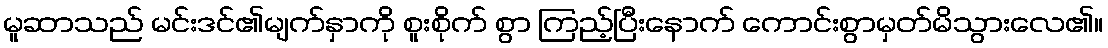
မူဆာသည် မင်းဒင်၏မျက်နှာကို စူးစိုက် စွာ ကြည့်ပြီးနောက် ကောင်းစွာမှတ်မိသွားလေ၏။